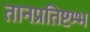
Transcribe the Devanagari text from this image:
तानप्रतिष्टम्भ